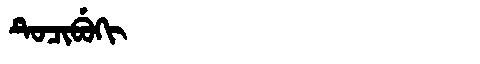
Manchu: ᡨᡠᠴᡳᠪᡠᡴᡳ
Romanization: TUCIBUKI